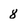
Character: 8